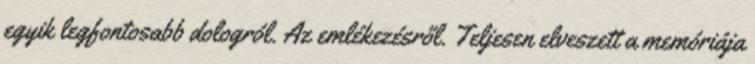
egyik legfontosabb dologról. Az emlékezésről. Teljesen elveszett a memóriája